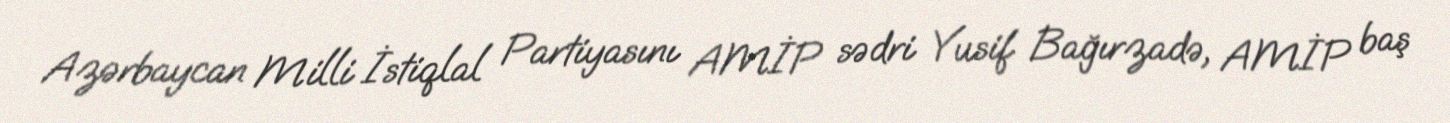
Azərbaycan Milli İstiqlal Partiyasını AMİP sədri Yusif Bağırzadə, AMİP baş